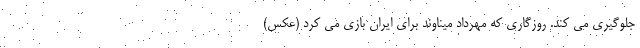
جلوگیری می کند. روزگاری که مهرداد میناوند برای ایران بازی می کرد (عکس)